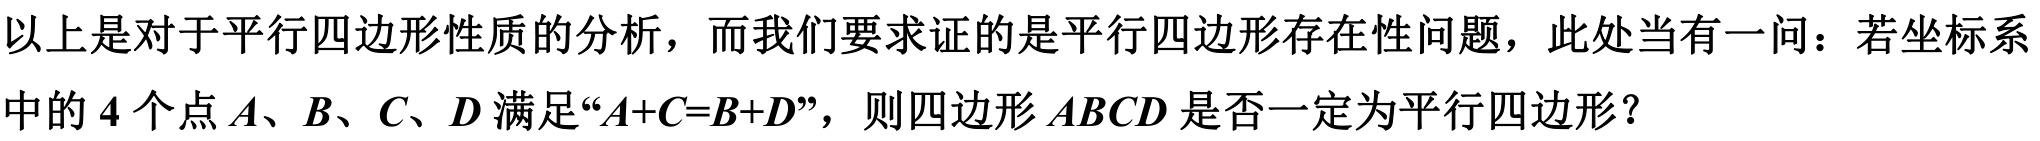
以上是对于平行四边形性质的分析，而我们要求证的是平行四边形存在性问题，此处当有一问：若坐标系中的 \(4\) 个点 \(A、B、C、D\) 满足“\(A + C = B + D\)”，则四边形 \(ABCD\) 是否一定为平行四边形？